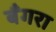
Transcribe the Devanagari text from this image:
बँगरा